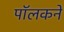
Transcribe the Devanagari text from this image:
पॉलकने